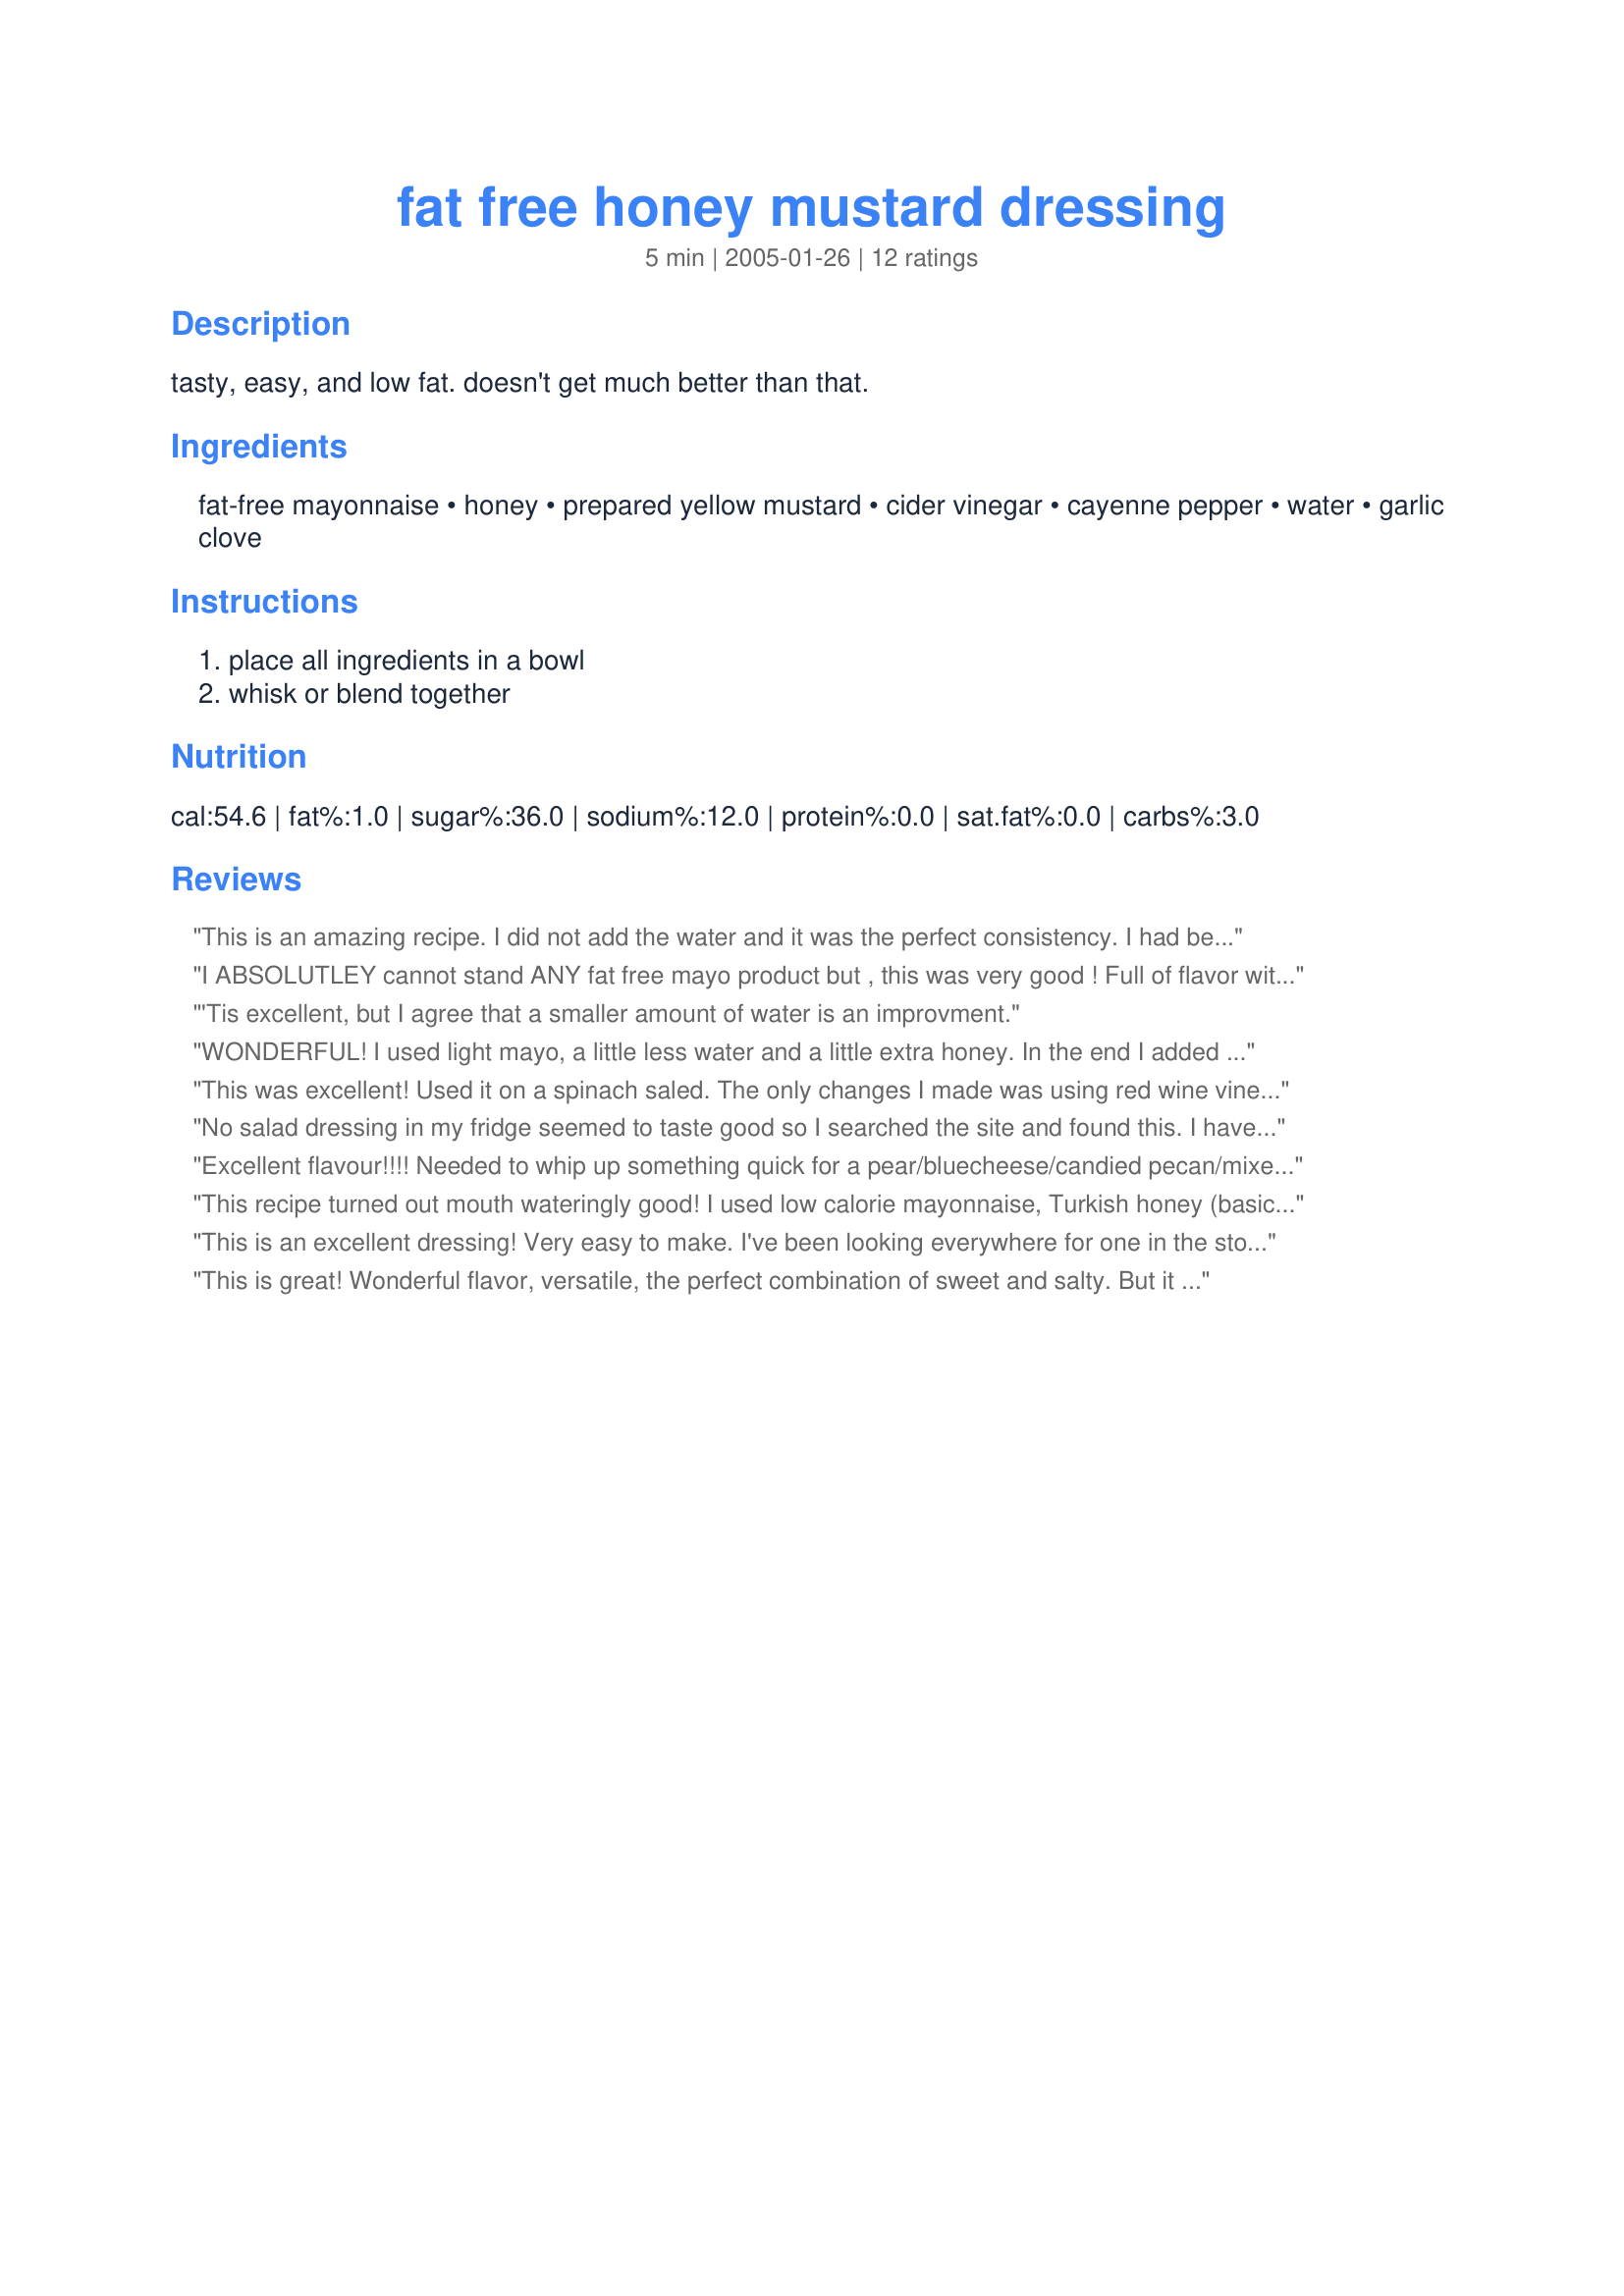
fat free honey mustard dressing
Preparation time: 5 minutes

tasty, easy, and low fat. doesn't get much better than that.

Ingredients:
fat-free mayonnaise, honey, prepared yellow mustard, cider vinegar, cayenne pepper, water, garlic clove

Steps:
place all ingredients in a bowl, whisk or blend together

Reviews:
This is an amazing recipe. I did not add the water and it was the perfect consistency. I had been looking for something similar to Chick Fil A's fat-free dressing and this was even BETTER! This will be a staple in my house. Thanks!
I ABSOLUTLEY cannot stand ANY fat free mayo product but , this was very good ! Full of flavor with just a hint of heat from cayenne pepper and a nice garlic undertone , with a little sweetness from the honey ! This Honey Mustard Dressing has it all !! I am gonna slather it on everything !! Thanks Shirl !
'Tis excellent, but I agree that a smaller amount of water is an improvment.
WONDERFUL! I used light mayo, a little less water and a little extra honey. In the end I added some fancy lemon pepper that has a little extra garlic powder, salt and onion in it and WOW did that perfect the dressing. Thanks for posting this!
This was excellent! Used it on a spinach saled. The only changes I made was using red wine vinegar, because I was out of cider vinegar. I will add less water next time to make the dressing thicker. We absolutely loved the flavor. Thank you for posting.
No salad dressing in my fridge seemed to taste good so I searched the site and found this. I have always loved honey mustard dressing and this one is a winner!! What great taste and fat free!!! I thought it was just a wee bit runny so will add less water next time. Thanks so much!!
Excellent flavour!!!! Needed to whip up something quick for a pear/bluecheese/candied pecan/mixed greens salad and this was the perfect match!! I chose not to add any water and it was the perfect consistency. Thanks, this will be a regular for me.
This recipe turned out mouth wateringly good! I used low calorie mayonnaise, Turkish honey (basically normal honey, but with thyme) a mild Dijon mustard, my own Garlic & Basil Vinegar, the Cayenne pepper and some Italian herb seasonings along with salt and freshly ground black pepper. I'm going to use this recipe for more then just salads! Last night I used it to dip in chicken fingers and today I am going to use it for my lunch - a French baguette with bacon, brie and honey mustard dressing warmed and toasted in the oven... Mmmmmm!
This is an excellent dressing! Very easy to make. I've been looking everywhere for one in the stores, with no luck. I found this & it's delicious. You can't even tell it's fat free! Thanks!
This is great! Wonderful flavor, versatile, the perfect combination of sweet and salty. But it is quite runny, even after reducing the water. Next time I will reduce the water more and maybe use 1/4 c of cider vinegar. Thanks!
I've been eating the fat free honey mustard dressing at Subway and was looking for something similar. This was very good, but I have to admit I used light mayo because it's what I had...as well as rice vinegar. I added maybe a tablespoon of water and thought the consistency was perfect.
How many calories are in this recipe, and what is the serving size?
